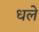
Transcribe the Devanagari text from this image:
धले